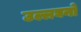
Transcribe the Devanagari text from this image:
उल्लघनों